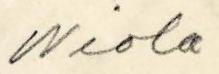
Wiola